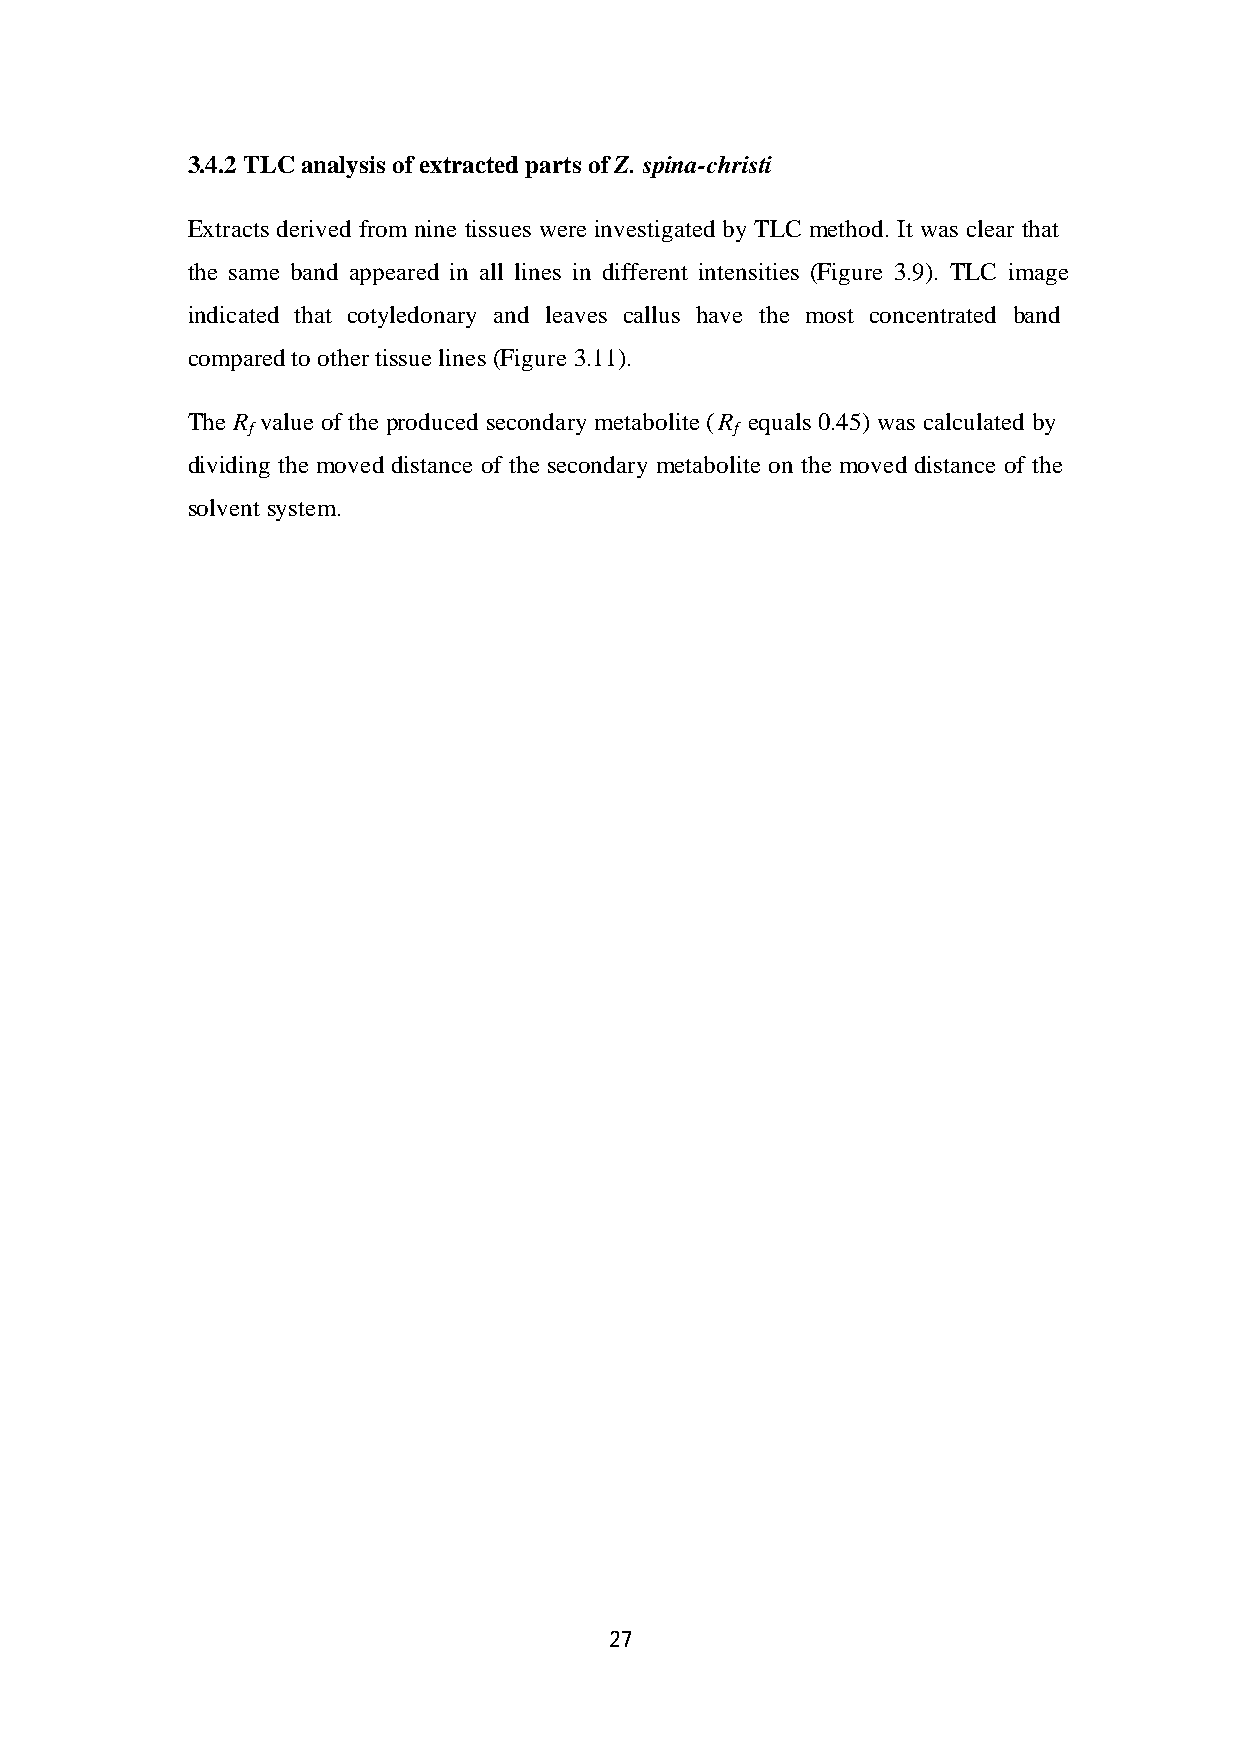
3.4.2 TLC analysis of extracted parts of Z. spina-christi
 Extracts derived from nine tissues were investigated by TLC method. It was clear that
 the same band appeared in all lines in different intensities (Figure 3.9). TLC image
 indicated that cotyledonary and leaves callus have the most concentrated band
 compared to other tissue lines (Figure 3.11).
 The R value of the produced secondary metabolite ( R equals 0.45) was calculated by
 f                                f
 dividing the moved distance of the secondary metabolite on the moved distance of the
 solvent system.
 27